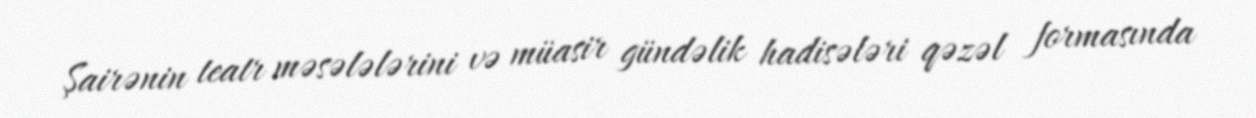
Şairənin teatr məsələlərini və müasir gündəlik hadisələri qəzəl formasında